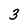
Character: 3